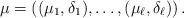
LaTeX: \begin{align*}\mu=( (\mu_1,\delta_1), \ldots, (\mu_\ell,\delta_\ell))\, .\end{align*}